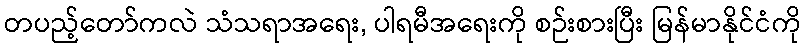
တပည့်တော်ကလဲ သံသရာအရေး, ပါရမီအရေးကို စဉ်းစားပြီး မြန်မာနိုင်ငံကို